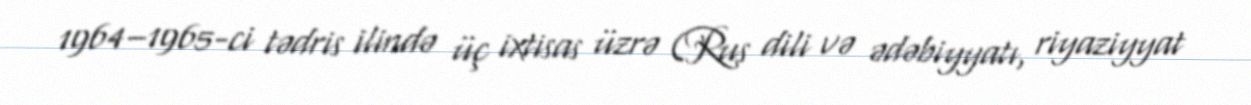
1964–1965-ci tədris ilində üç ixtisas üzrə (Rus dili və ədəbiyyatı, riyaziyyat